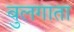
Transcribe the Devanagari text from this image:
वुलगाता